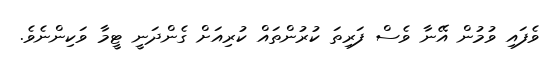
ވެފައި ވުމުން އޭނާ ވެސް ފަރިތަ ކުރުންތައް ކުރިއަށް ގެންދަނީ ޓީމާ ވަކިންނެވެ.